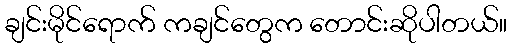
ချင်းမိုင်ရောက် ကချင်တွေက တောင်းဆိုပါတယ်။